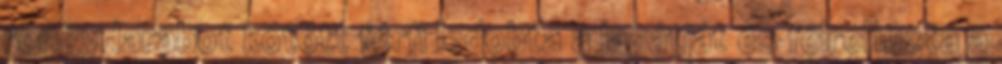
rongydarabot kötött férfi ledobta a lapátját és félrehúzta a